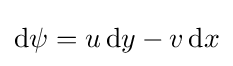
\mathrm {d} \psi =u\,\mathrm {d} y-v\,\mathrm {d} x